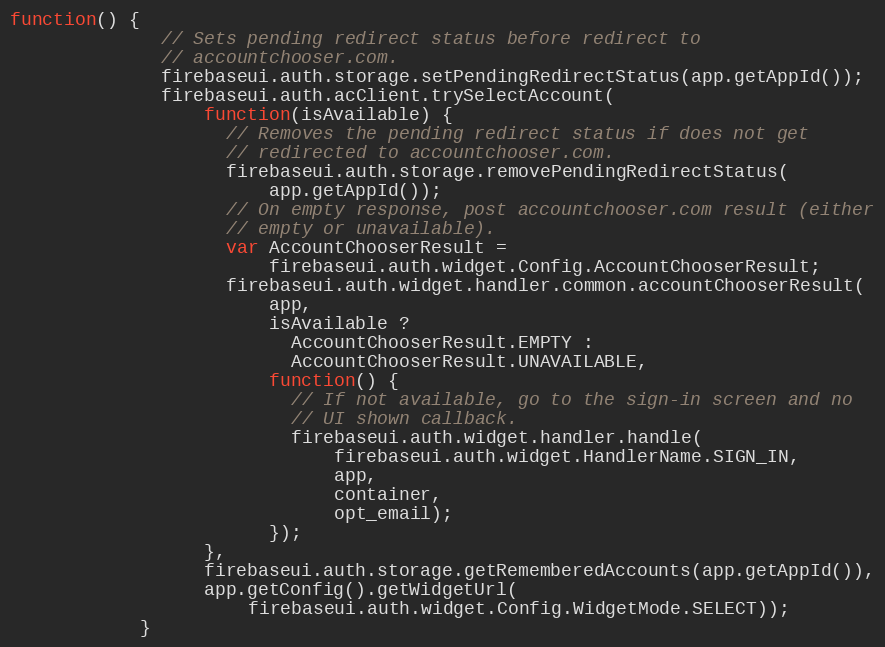
Language: JavaScript
function() {
              // Sets pending redirect status before redirect to
              // accountchooser.com.
              firebaseui.auth.storage.setPendingRedirectStatus(app.getAppId());
              firebaseui.auth.acClient.trySelectAccount(
                  function(isAvailable) {
                    // Removes the pending redirect status if does not get
                    // redirected to accountchooser.com.
                    firebaseui.auth.storage.removePendingRedirectStatus(
                        app.getAppId());
                    // On empty response, post accountchooser.com result (either
                    // empty or unavailable).
                    var AccountChooserResult =
                        firebaseui.auth.widget.Config.AccountChooserResult;
                    firebaseui.auth.widget.handler.common.accountChooserResult(
                        app,
                        isAvailable ?
                          AccountChooserResult.EMPTY :
                          AccountChooserResult.UNAVAILABLE,
                        function() {
                          // If not available, go to the sign-in screen and no
                          // UI shown callback.
                          firebaseui.auth.widget.handler.handle(
                              firebaseui.auth.widget.HandlerName.SIGN_IN,
                              app,
                              container,
                              opt_email);
                        });
                  },
                  firebaseui.auth.storage.getRememberedAccounts(app.getAppId()),
                  app.getConfig().getWidgetUrl(
                      firebaseui.auth.widget.Config.WidgetMode.SELECT));
            }